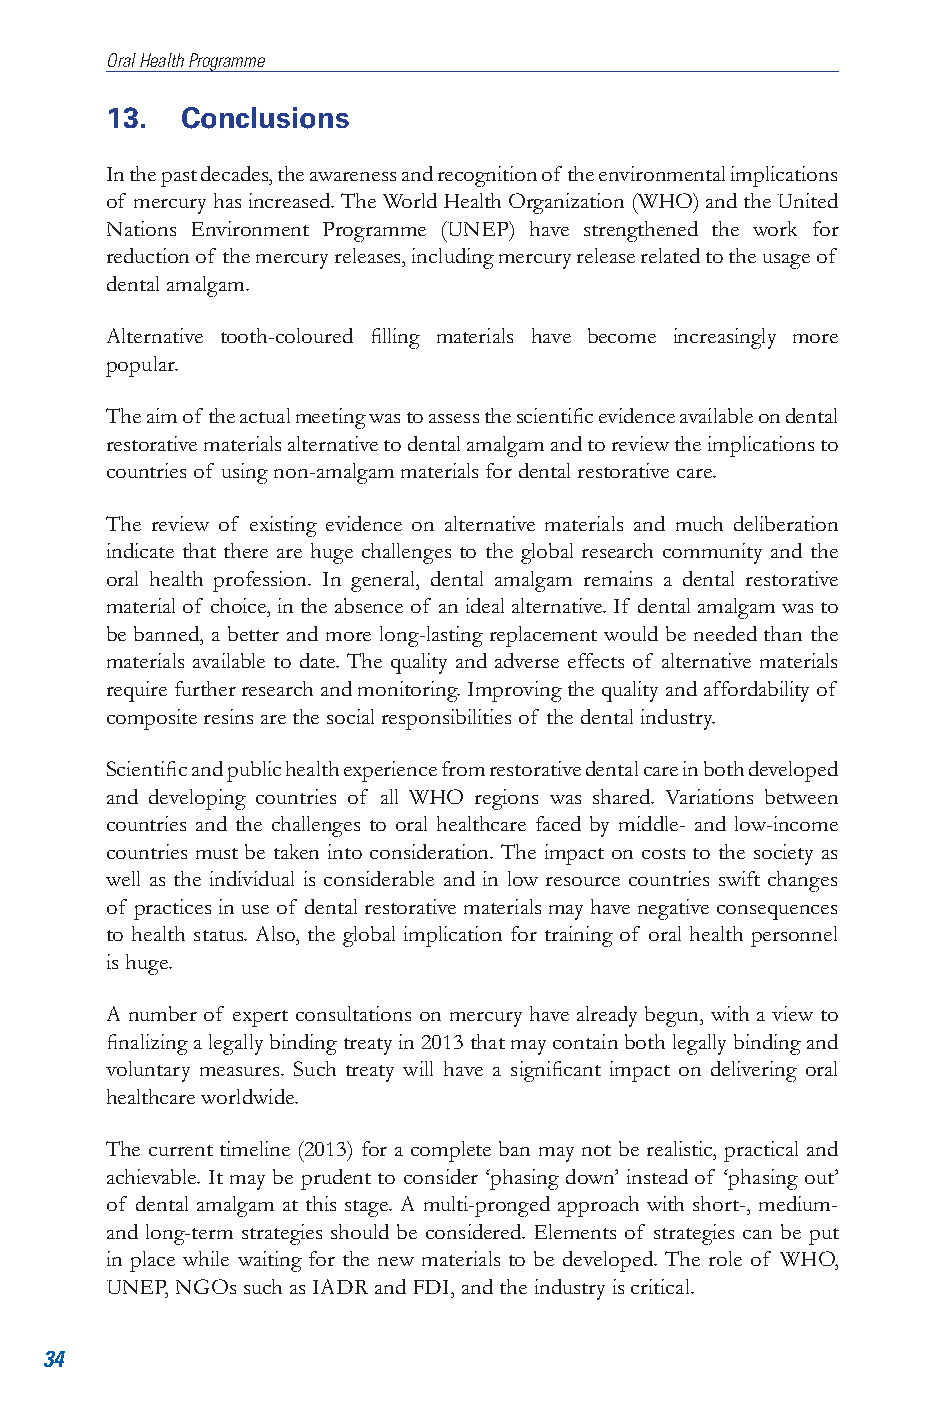
Oral Health Programme
 13.  Conclusions
 In the past decades, the awareness and recognition of the environmental implications
 of mercury has increased. The World Health Organization (WHO) and the United
 Nations Environment Programme (UNEP) have strengthened the work for
 reduction of the mercury releases, including mercury release related to the usage of
 dental amalgam.
 Alternative tooth-coloured filling materials have become increasingly more
 popular.
 The aim of the actual meeting was to assess the scientific evidence available on dental
 restorative materials alternative to dental amalgam and to review the implications to
 countries of using non-amalgam materials for dental restorative care.
 The review of existing evidence on alternative materials and much deliberation
 indicate that there are huge challenges to the global research community and the
 oral health profession. In general, dental amalgam remains a dental restorative
 material of choice, in the absence of an ideal alternative. If dental amalgam was to
 be banned, a better and more long-lasting replacement would be needed than the
 materials available to date. The quality and adverse effects of alternative materials
 require further research and monitoring. Improving the quality and affordability of
 composite resins are the social responsibilities of the dental industry.
 Scientific and public health experience from restorative dental care in both developed
 and developing countries of all WHO regions was shared. Variations between
 countries and the challenges to oral healthcare faced by middle- and low-income
 countries must be taken into consideration. The impact on costs to the society as
 well as the individual is considerable and in low resource countries swift changes
 of practices in use of dental restorative materials may have negative consequences
 to health status. Also, the global implication for training of oral health personnel
 is huge.
 A number of expert consultations on mercury have already begun, with a view to
 finalizing a legally binding treaty in 2013 that may contain both legally binding and
 voluntary measures. Such treaty will have a significant impact on delivering oral
 healthcare worldwide.
 The current timeline (2013) for a complete ban may not be realistic, practical and
 achievable. It may be prudent to consider ‘phasing down’ instead of ‘phasing out’
 of dental amalgam at this stage. A multi-pronged approach with short-, medium-
 and long-term strategies should be considered. Elements of strategies can be put
 in place while waiting for the new materials to be developed. The role of WHO,
 UNEP, NGOs such as IADR and FDI, and the industry is critical.
 34